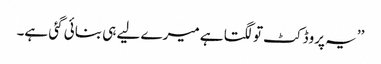
’’یہ پروڈکٹ تو لگتا ہے میرے لیے ہی بنائی گئی ہے۔